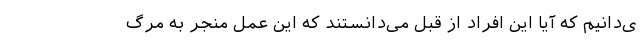
ی‌دانیم که آیا این افراد از قبل می‌دانستند که این عمل منجر به مرگ